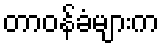
တာဝန်ခံများက